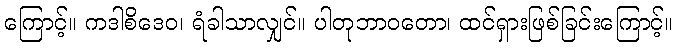
ကြောင့်။ ကဒါစိဒေဝ၊ ရံခါသာလျှင်။ ပါတုဘာဝတော၊ ထင်ရှားဖြစ်ခြင်းကြောင့်။